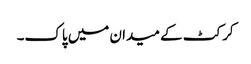
کرکٹ کے میدان میں پاک۔